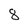
Character: 8